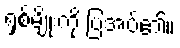
ရှစ်မျိုးကို ပြအပ်၏။